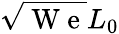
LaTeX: \sqrt{\mathrm{~W~e~}}L_{0}